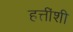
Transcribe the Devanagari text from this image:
हत्तींशी